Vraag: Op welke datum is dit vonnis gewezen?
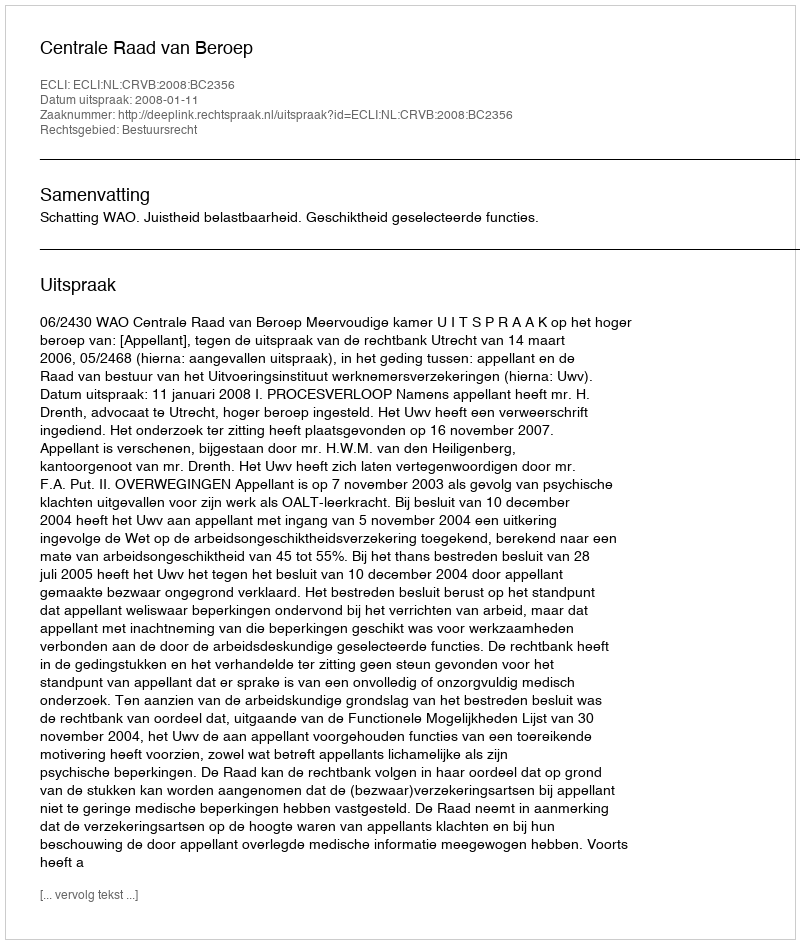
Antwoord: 2008-01-11